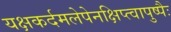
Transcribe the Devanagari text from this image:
यक्षकर्दमलेपेनक्षिप्त्वापुष्पैः